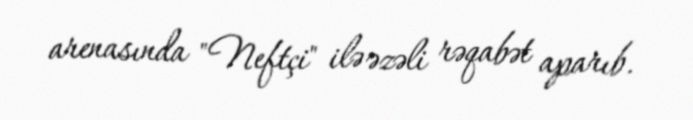
arenasında "Neftçi" ilə əzəli rəqabət aparıb.